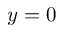
y = 0